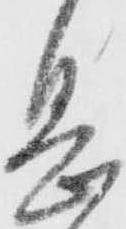
息